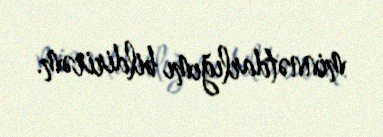
minnətdarlığımı bildirirəm.